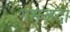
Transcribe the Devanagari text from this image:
गमजदा